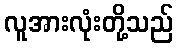
လူအားလုံးတို့သည်